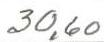
30,60